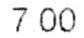
7.00